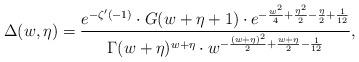
LaTeX: \begin{align*}\Delta(w,\eta)=\frac{e^{-\zeta'(-1)}\cdot G(w+\eta+1)\cdot e^{-\frac{w^2}{4}+\frac{\eta^2}{2}-\frac{\eta}{2}+\frac{1}{12}}}{\Gamma(w+\eta)^{w+\eta}\cdot w^{-\frac{(w+\eta)^2}{2}+\frac{w+\eta}{2}-\frac{1}{12}}},\end{align*}